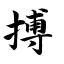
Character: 搏